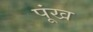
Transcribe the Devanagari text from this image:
पूंख